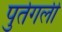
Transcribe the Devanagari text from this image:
पुर्तगली